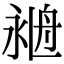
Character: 𦨺